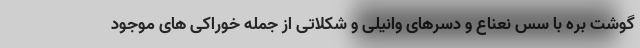
گوشت بره با سس نعناع و دسرهای وانیلی و شکلاتی از جمله خوراکی های موجود